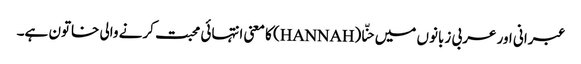
عبرانی اور عربی زبانوں میں حنّا (HANNAH) کا معنی انتہائی محبت کرنے والی خاتون ہے۔